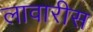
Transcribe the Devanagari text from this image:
लावारीस